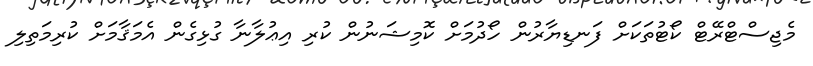
މެޖިސްޓްރޭޓް ކޯޓުތަކަށް ފަނޑިޔާރުން ހޯދުމަށް ކޮމިޝަނުން ކުރި އިޢުލާނާ ގުޅިގެން އެމަޤާމަށް ކުރިމަތިލި